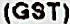
(GST)